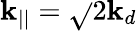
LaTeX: \mathbf{k}_{||}=\sqrt{}{{2}}\mathbf{k}_{d}